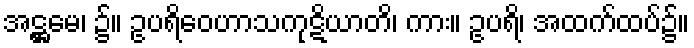
အဋ္ဌမေ၊ ၌။ ဥပရိဝေဟာသကုဋိယာတိ၊ ကား။ ဥပရိ၊ အထက်ထပ်၌။